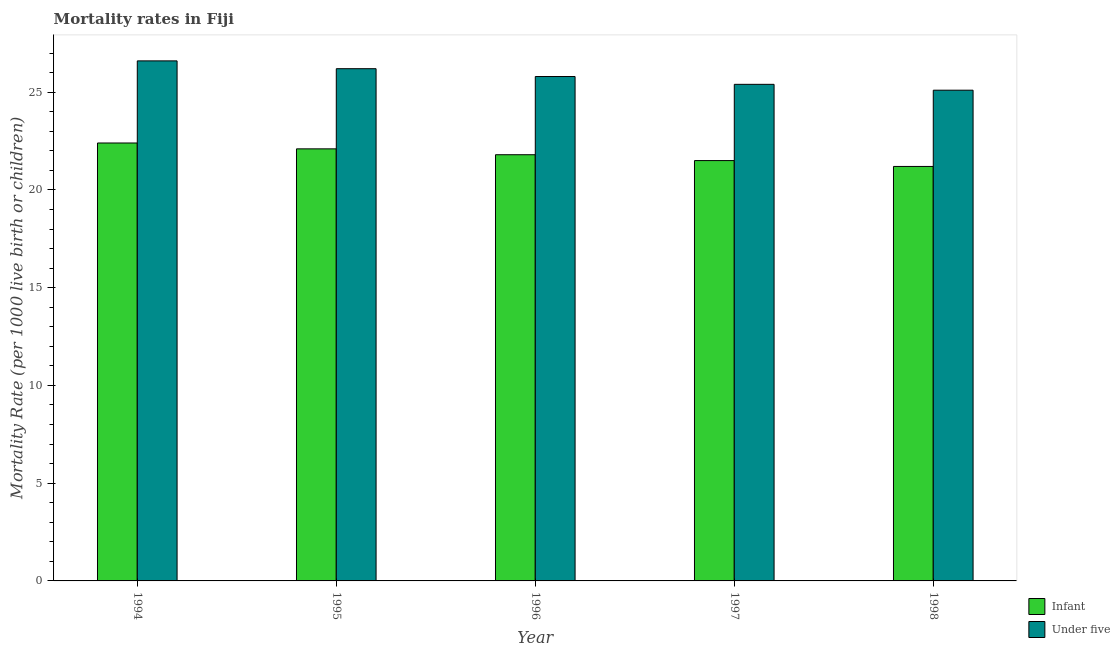
| Year | Infant | Under five |
 | --- | --- | --- |
 | 1994 | 22.4 | 26.6 |
 | 1995 | 22.1 | 26.2 |
 | 1996 | 21.8 | 25.8 |
 | 1997 | 21.5 | 25.4 |
 | 1998 | 21.2 | 25.1 |